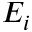
E _ { i }